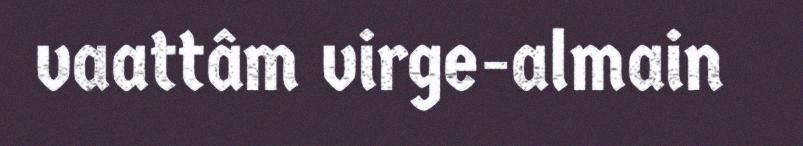
vaattâm virge-almain